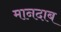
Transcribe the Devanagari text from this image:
मानदाब